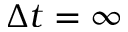
\Delta t = \infty